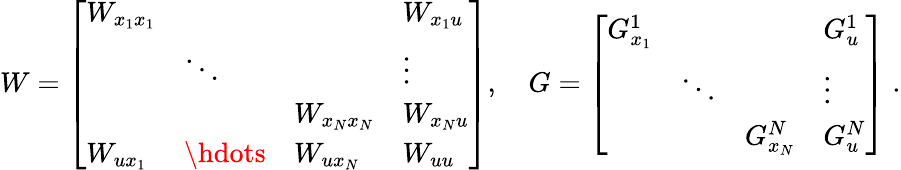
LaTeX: W=\left[\begin{array}{llll}{W_{x_{1}x_{1}}}&&&{W_{x_{1}u}}\\ &{\ddots}&&{\vdots}\\ &&{W_{x_{N}x_{N}}}&{W_{x_{N}u}}\\ {W_{ux_{1}}}&{\hdots}&{W_{ux_{N}}}&{W_{uu}}\end{array}\right],\quad G=\left[\begin{array}{llll}{G_{x_{1}}^{1}}&&&{G_{u}^{1}}\\ &{\ddots}&&{\vdots}\\ &&{G_{x_{N}}^{N}}&{G_{u}^{N}}\end{array}\right]\; .